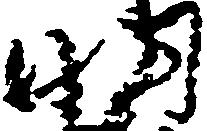
明